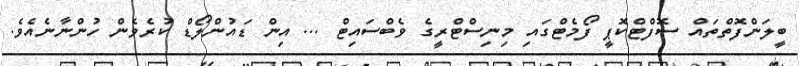
ބީލަންފޮތްތައް ސޮފްޓްކޮޕީ ފޯމެޓްގައި މިނިސްޓްރީގެ ވެބްސައިޓް ... އިން ޑައުންލޯޑް ކުރެވެން ހުންނާނެއެވެ.